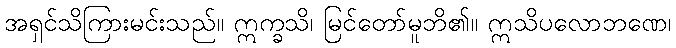
အရှင်သိကြားမင်းသည်။ ဣက္ခသိ၊ မြင်တော်မူဘိ၏။ ဣသိပလောဘဏေ၊